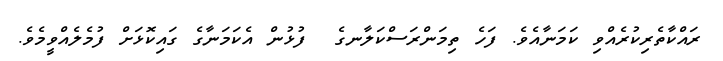
ރައްކާތެރިކުރެއްވި ކަމަނާއެވެ. ފަހެ ތިމަންރަސްކަލާނގެ  ފުޅުން އެކަމަނާގެ ގައިކޮޅަށް ފުމެލެއްވީމެވެ.